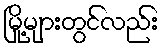
မြို့များတွင်လည်း